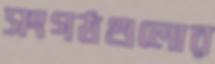
সংগঠগুলোর